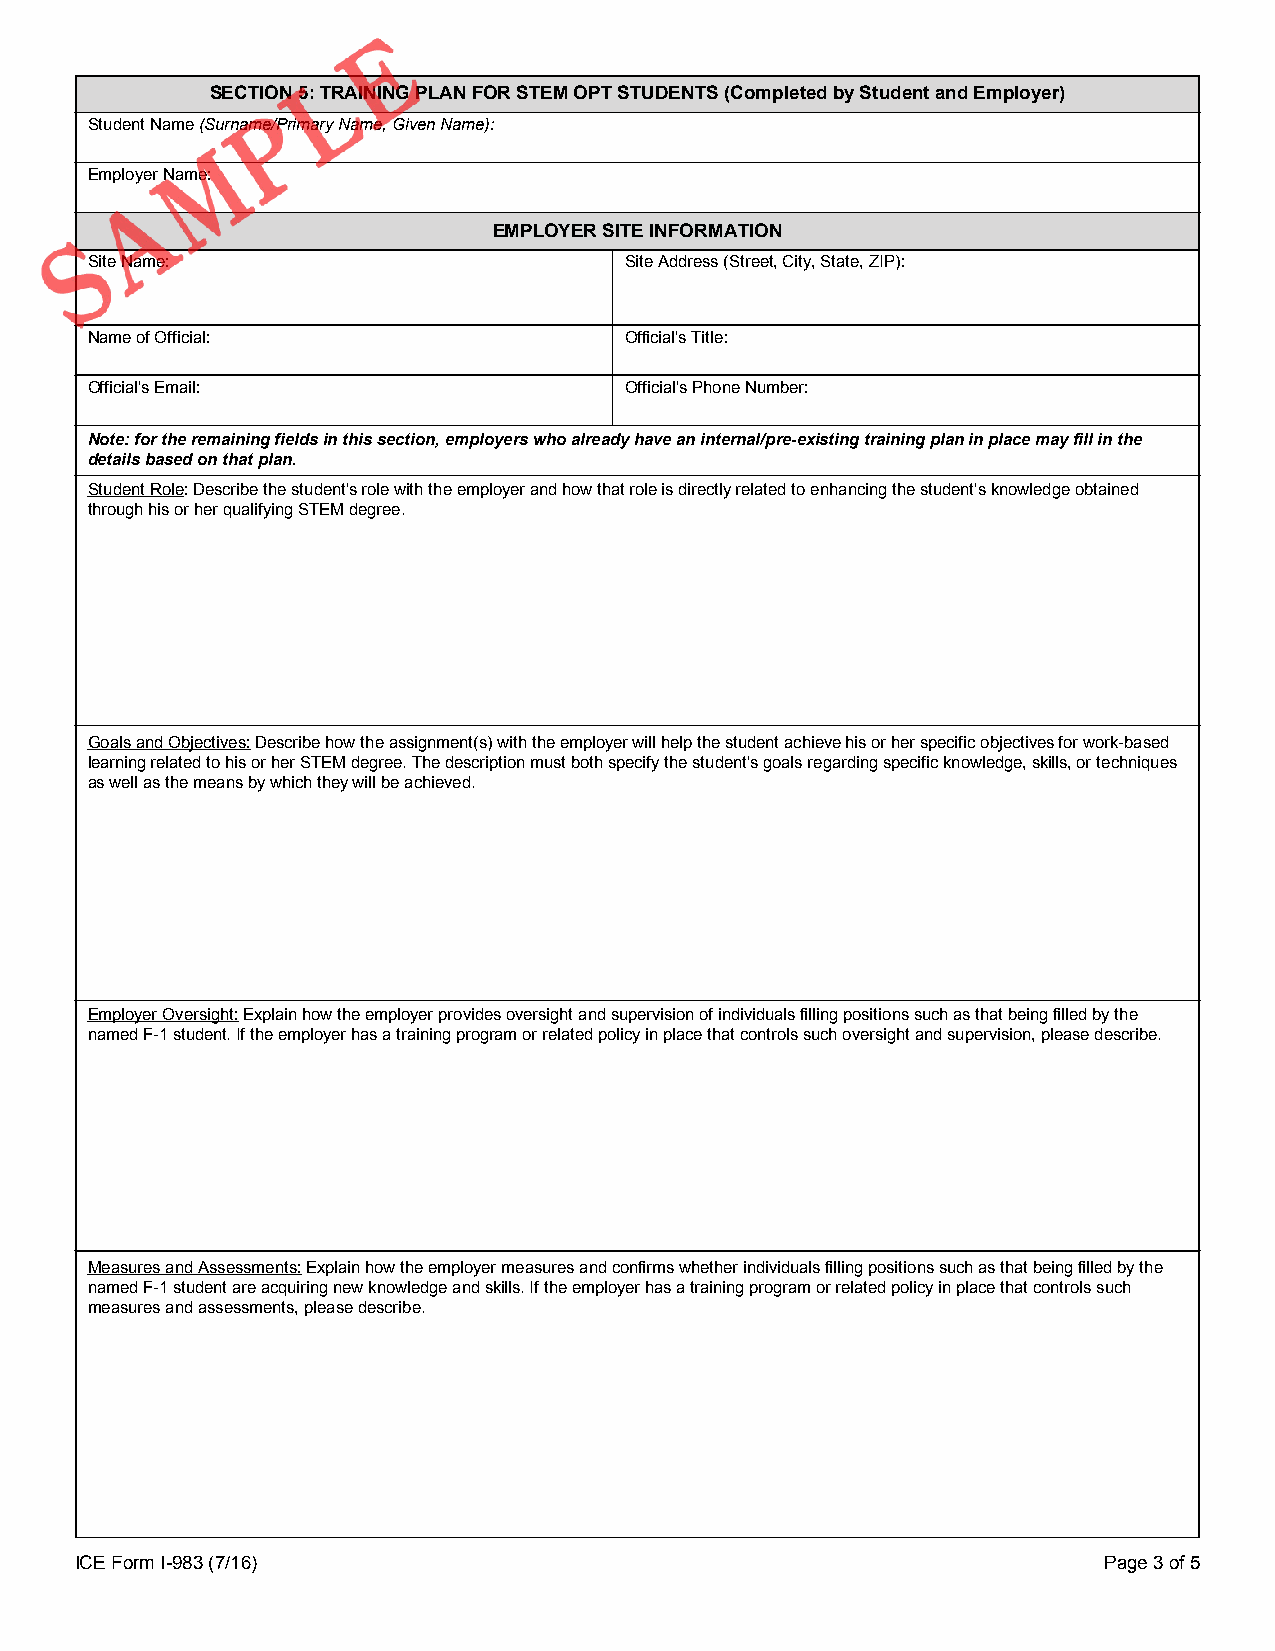
SECTION 5: TRAINING PLAN FOR STEM OPT STUDENTS (Completed by Student and Employer)
 Student Name (Surname/Primary Name, Given Name):
 Employer Name:
 EMPLOYER SITE INFORMATION
 Site Name:                         Site Address (Street, City, State, ZIP):
 Name of Official:                  Official's Title:
 Official's Email:                  Official's Phone Number:
 Note: for the remaining fields in this section, employers who already have an internal/pre-existing training plan in place may fill in the
 details based on that plan.
 Student Role: Describe the student's role with the employer and how that role is directly related to enhancing the student's knowledge obtained
 through his or her qualifying STEM degree.
 Goals and Objectives: Describe how the assignment(s) with the employer will help the student achieve his or her specific objectives for work-based
 learning related to his or her STEM degree. The description must both specify the student's goals regarding specific knowledge, skills, or techniques
 as well as the means by which they will be achieved.
 Employer Oversight: Explain how the employer provides oversight and supervision of individuals filling positions such as that being filled by the
 named F-1 student. If the employer has a training program or related policy in place that controls such oversight and supervision, please describe.
 Measures and Assessments: Explain how the employer measures and confirms whether individuals filling positions such as that being filled by the
 named F-1 student are acquiring new knowledge and skills. If the employer has a training program or related policy in place that controls such
 measures and assessments, please describe.
 ICE Form I-983 (7/16)                                               Page 3 of 5